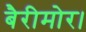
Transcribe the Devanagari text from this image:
बैरीमोर।